Vital statistics of India. Vol. VI, European troops 1870-79
Year: 1870
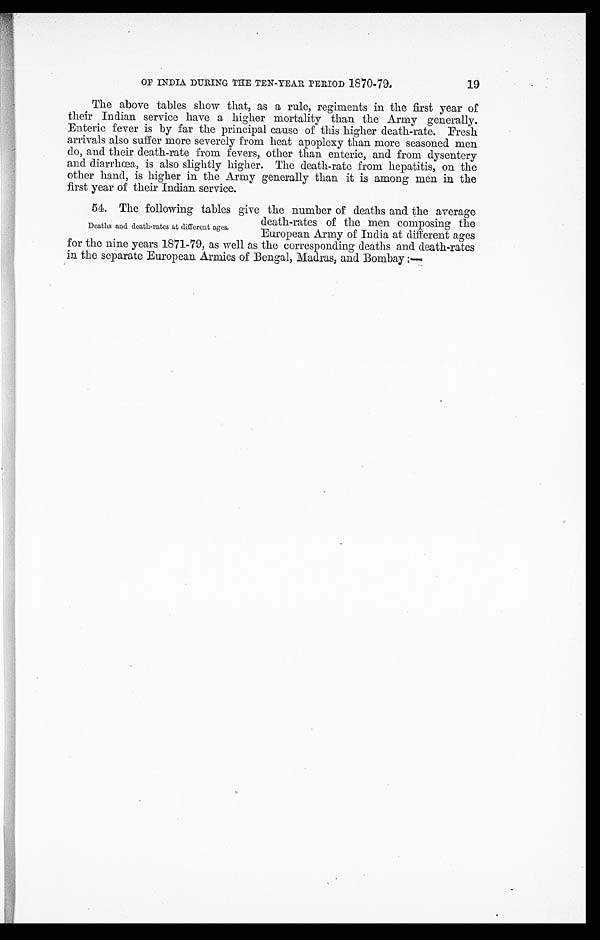
OF INDIA DURING THE TEN-YEAR PERIOD 1870-79.
The above tables show that, as a rule, regiments in the first year of
their Indian service have a higher mortality than the Army generally.
Enteric fever is by far the principal cause of this higher death-rate. Fresh
arrivals also suffer more severely from heat apoplexy than more seasoned men
do, and their death-rate from fevers, other than enteric, and from dysentery
and diarrhœa, is also slightly higher. The death-rate from hepatitis, on the
other hand, is higher in the Army generally than it is among men in the
first year of their Indian service.
54. The following tables give the number of deaths and the average
death-rates of the men composing the
European Army of India at different ages
for the nine years 1871-79, as well as the corresponding deaths and death-rates
in the separate European Armies of Bengal, Madras, and Bombay :—
19
Deaths and death-rates at different ages.